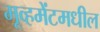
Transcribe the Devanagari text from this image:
मूव्हमेंटमधील